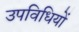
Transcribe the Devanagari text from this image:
उपविधियों